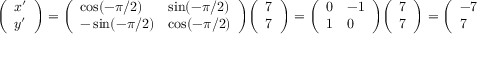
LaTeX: { \left( \begin{array} { l } { x ^ { \prime } } \\ { y ^ { \prime } } \end{array} \right) } = { \left( \begin{array} { l l } { \cos ( - \pi / 2 ) } & { \sin ( - \pi / 2 ) } \\ { - \sin ( - \pi / 2 ) } & { \cos ( - \pi / 2 ) } \end{array} \right) } { \left( \begin{array} { l } { 7 } \\ { 7 } \end{array} \right) } = { \left( \begin{array} { l l } { 0 } & { - 1 } \\ { 1 } & { 0 } \end{array} \right) } { \left( \begin{array} { l } { 7 } \\ { 7 } \end{array} \right) } = { \left( \begin{array} { l } { - 7 } \\ { 7 } \end{array} \right) } .